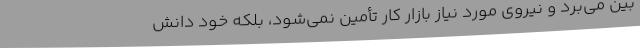
بین می‌برد و نیروی مورد نیاز بازار کار تأمین نمی‌شود، بلکه خود دانش